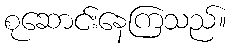
စုဆောင်းနေကြသည်။